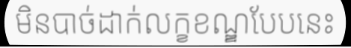
មិនបាច់ដាក់លក្ខខណ្ឌបែបនេះ